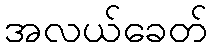
အလယ်ခေတ်